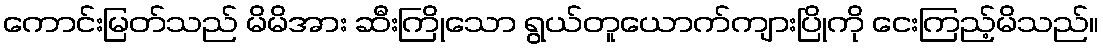
ကောင်းမြတ်သည် မိမိအား ဆီးကြိုသော ရွယ်တူယောက်ကျားပြိုကို ငေးကြည့်မိသည်။